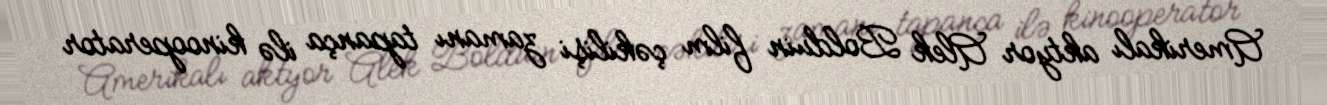
Amerikalı aktyor Alek Bolduin film çəkilişi zamanı tapança ilə kinooperator